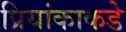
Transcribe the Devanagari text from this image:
प्रियांकाकडे